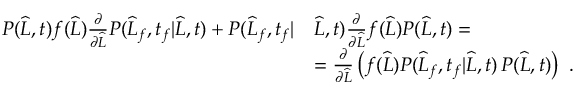
\begin{array} { r l } { P ( \widehat { L } , t ) f ( \widehat { L } ) \frac { \partial } { \partial \widehat { L } } P ( \widehat { L } _ { f } , t _ { f } | \widehat { L } , t ) + P ( \widehat { L } _ { f } , t _ { f } | } & { \widehat { L } , t ) \frac { \partial } { \partial \widehat { L } } f ( \widehat { L } ) P ( \widehat { L } , t ) = } \\ & { = \frac { \partial } { \partial \widehat { L } } \left( f ( \widehat { L } ) P ( \widehat { L } _ { f } , t _ { f } | \widehat { L } , t ) \, P ( \widehat { L } , t ) \right) \ . } \end{array}